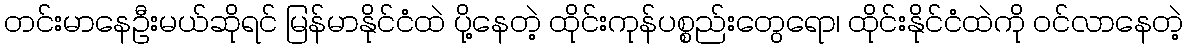
တင်းမာနေဦးမယ်ဆိုရင် မြန်မာနိုင်ငံထဲ ပို့နေတဲ့ ထိုင်းကုန်ပစ္စည်းတွေရော၊ ထိုင်းနိုင်ငံထဲကို ဝင်လာနေတဲ့